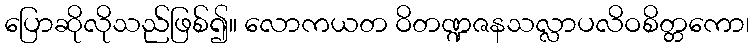
ပြောဆိုလိုသည်ဖြစ်၍။ လောကယတ ဝိတဏ္ဍဇနသလ္လာပလိဝစိတ္တကော၊